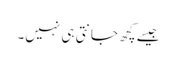
جیسے کچھ جانتی ہی نہیں۔